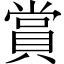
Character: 賞